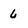
Character: 6